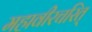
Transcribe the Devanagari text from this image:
महावीरचरित्‌